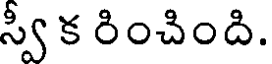
స్వీ క రించింది.